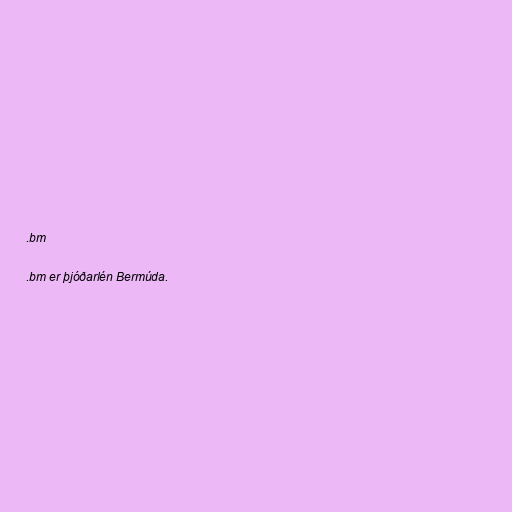
.bm

.bm er þjóðarlén Bermúda.